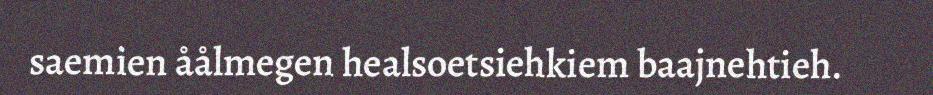
saemien åålmegen healsoetsiehkiem baajnehtieh.